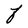
Character: F